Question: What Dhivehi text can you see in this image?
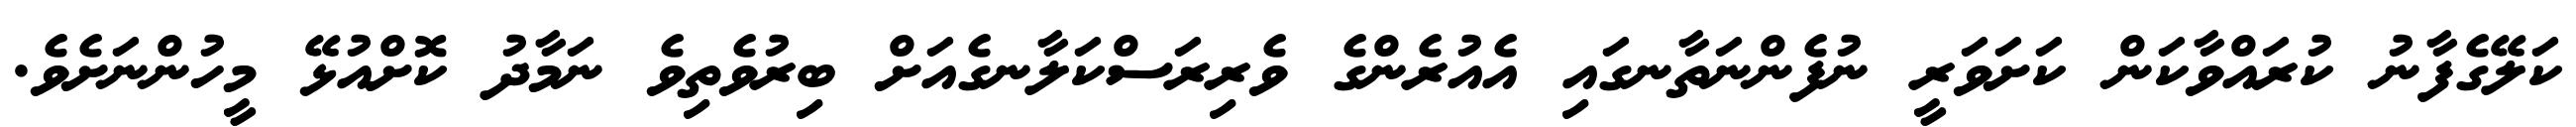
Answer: ކަލޭގެފާނު ކުރައްވާކަން ކަށަވަރީ ނުފެންނަތާނގައި އެއުރެންގެ ވެރިރަސްކަލާނގެއަށް ބިރުވެތިވެ ނަމާދު ކޮށްއުޅޭ މީހުންނަށެވެ.